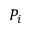
P _ { i }